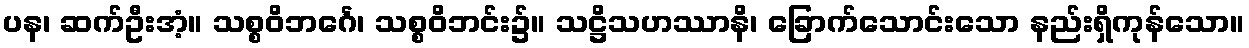
ပန၊ ဆက်ဦးအံ့။ သစ္စဝိဘင်္ဂေ၊ သစ္စဝိဘင်း၌။ သဋ္ဌိသဟဿာနိ၊ ခြောက်သောင်းသော နည်းရှိကုန်သော။